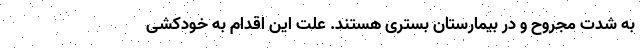
به شدت مجروح و در بیمارستان بستری هستند. علت این اقدام به خودکشی